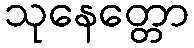
သုနေတ္တော